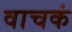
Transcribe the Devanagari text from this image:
वाचकं